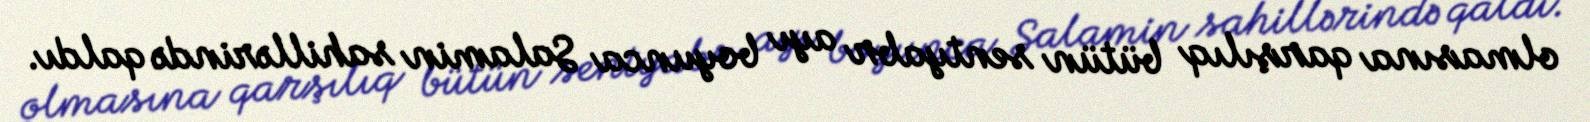
olmasına qarşılıq bütün sentyabr ayı boyunca Salamin sahillərində qaldı.